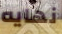
نهايه